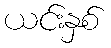
ယင်းနှစ်